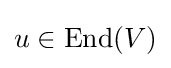
u\in \mathrm {End} (V)